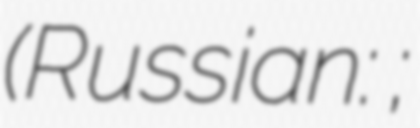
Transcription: (Russian: Новосевастопольское;